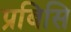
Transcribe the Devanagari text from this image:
प्रबिसि